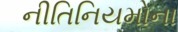
નીતિનિયમોના